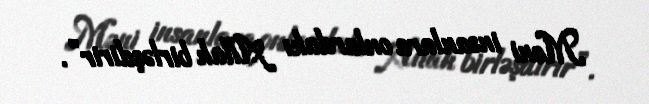
Məni insanlara onlardakı Allah birləşdirir”.